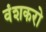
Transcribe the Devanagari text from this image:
वंशकरो